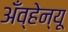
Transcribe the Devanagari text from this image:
अँव्हेन्यू